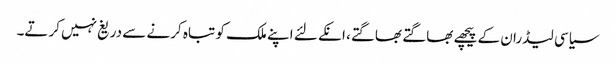
سیاسی لیڈران کے پیچھے بھاگتے بھاگتے، انکے لئے اپنے ملک کو تباہ کرنے سے دریغ نہیں کرتے۔